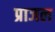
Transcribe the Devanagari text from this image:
प्राजल